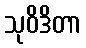
သုဝိဒိတာ